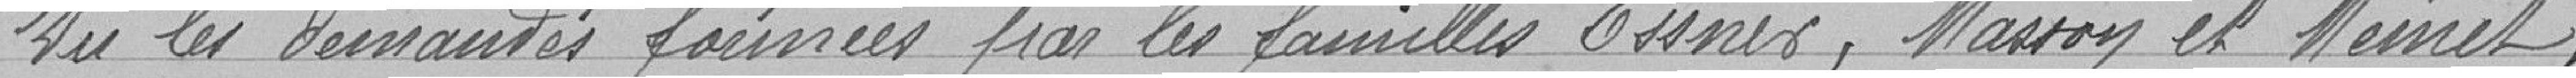
Vu les demandes fournies par les familles ESSNER, MASSOY et MEINET